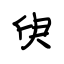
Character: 臾